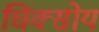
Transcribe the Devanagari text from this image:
चिक्सोय